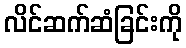
လိင်ဆက်ဆံခြင်းကို